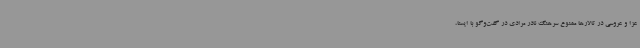
عزا و عروسی در تالارها ممنوع سرهنگ نادر مرادی در گفت‌وگو با ایسنا،